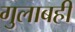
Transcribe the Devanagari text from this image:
गुलाबही